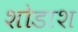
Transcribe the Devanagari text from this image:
शोडाश